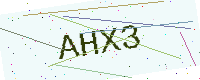
Text: AHX3